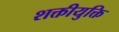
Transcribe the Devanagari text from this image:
शक्तीयुक्ति